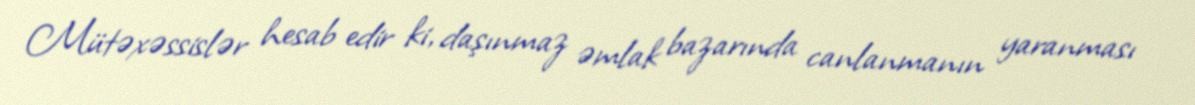
Mütəxəssislər hesab edir ki, daşınmaz əmlak bazarında canlanmanın yaranması